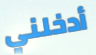
أدخلني